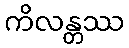
ကိလန္တဿ